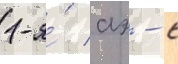
1-я́ аэ - с